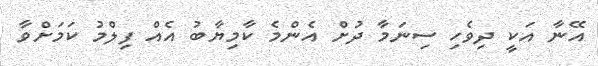
އޭނާ އަކީ ދިވެހި ސިނަމާ ދުށް އެންމެ ކާމިޔާބު އެއް ފިލްމު ކަމަށްވާ